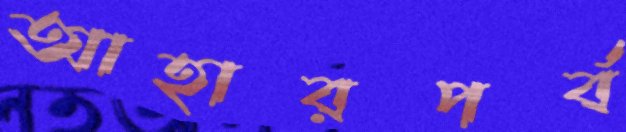
আহারপর্ব